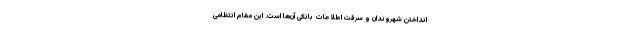
انداختن شهروندان و سرقت اطلاعات بانکی آن‌ها است. این مقام انتظامی